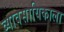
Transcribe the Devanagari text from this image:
व्यावसायिकाला